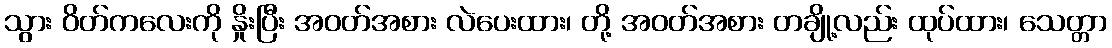
သွား ဝိတ်ကလေးကို နှိုးပြီး အဝတ်အစား လဲပေးထား၊ တို့ အဝတ်အစား တချို့လည်း ထုပ်ထား၊ သေတ္တာ